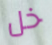
خل